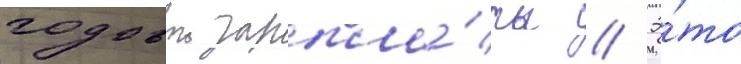
годовои зарпла́ты // Э́то